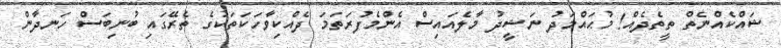
ޝައްކެއްނެތް ތީތެދެއް! މުޙައްމަދު ނަޝީދު މާލެއައިސް އެންމެފުރަތަމަ ދެއްކިވާހަކަތަކުގެ ތެރޭގައި ބުނިބަސް ހަނދާން